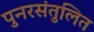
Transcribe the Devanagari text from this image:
पुनरसंतुलित